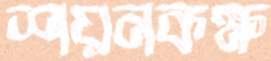
শয়নকক্ষ